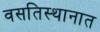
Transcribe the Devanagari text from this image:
वसतिस्थानात